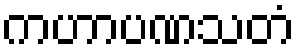
ကဟာပဏသတံ